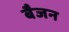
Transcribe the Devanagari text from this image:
बैजन